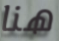
هنا